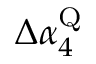
\Delta \alpha _ { 4 } ^ { \mathrm { Q } }